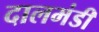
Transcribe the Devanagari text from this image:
दालमंडी